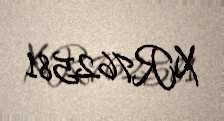
XR762581